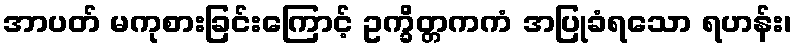
အာပတ် မကုစားခြင်းကြောင့် ဥက္ခိတ္တကကံ အပြုခံရသော ရဟန်း၊